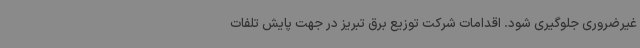
غیرضروری جلوگیری شود. اقدامات شرکت توزیع برق تبریز در جهت پایش تلفات